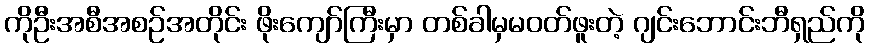
ကိုဦးအစီအစဉ်အတိုင်း ဖိုးကျော်ကြီးမှာ တစ်ခါမှမဝတ်ဖူးတဲ့ ဂျင်းဘောင်းဘီရှည်ကို